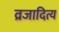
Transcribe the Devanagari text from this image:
व्रजादित्य